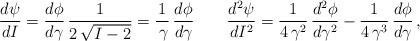
LaTeX: \begin{align*}\frac{d \psi}{d I}=\frac{d \phi}{d \gamma}\,\frac{1}{2\,\sqrt{I-2}} = \frac{1}{\,\gamma}\,\frac{d \phi}{d \gamma}\qquad\frac{d^2 \psi}{d I^2} = \frac{1}{4\,\gamma^2}\,\frac{d^2 \phi}{d \gamma^2} - \frac{1}{4\,\gamma^3}\,\frac{d \phi}{d \gamma}\,,\end{align*}